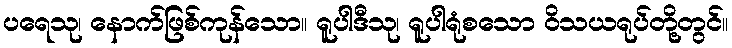
ပရေသု၊ နောက်ဖြစ်ကုန်သော။ ရူပါဒီသု၊ ရူပါရုံစသော ဝိသယရုပ်တို့တွင်။